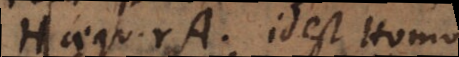
H aequ. rA, id est Homo